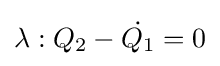
\lambda :Q_{2}-{\dot {Q_{1}}}=0